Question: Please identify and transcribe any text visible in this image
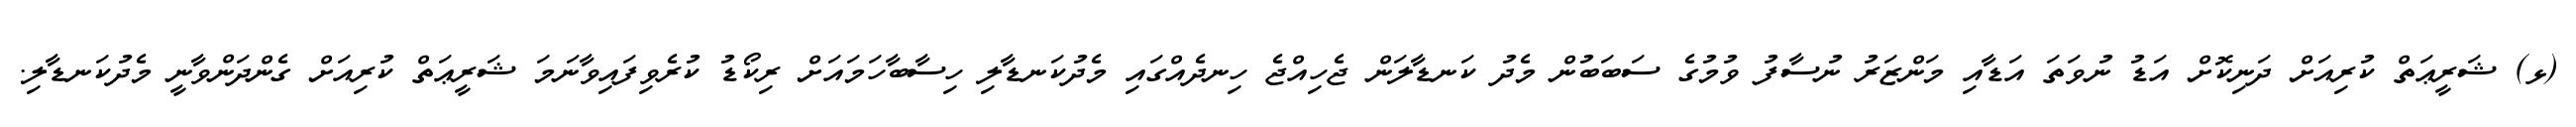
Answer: (ޅ) ޝަރީޢަތް ކުރިއަށް ދަނިކޮށް އަޑު ނުވަތަ އަޑާއި މަންޒަރު ނުސާފު ވުމުގެ ސަބަބުން މެދު ކަނޑާލަން ޖެހިއްޖެ ހިނދެއްގައި މެދުކަނޑާލި ހިސާބާހަމައަށް ރިކޯޑު ކުރެވިފައިވާނަމަ ޝަރީޢަތް ކުރިއަށް ގެންދަންވާނީ މެދުކަނޑާލި.